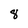
Character: 8